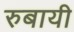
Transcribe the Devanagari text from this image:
रुबायी